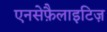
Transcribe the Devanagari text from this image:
एनसेफ़ैलाइटिज़